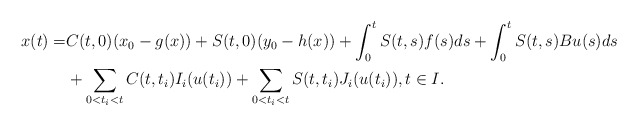
\begin{align*}x(t)=&C(t,0)(x_0-g(x))+S(t,0)(y_0-h(x))+\int_0^tS(t,s)f(s)ds+\int_0^tS(t,s)Bu(s)ds\\&+\sum_{0<t_i<t} C(t,t_i)I_i(u(t_i))+\sum_{0<t_i<t} S(t,t_i)J_i(u(t_i)), t\in I.\end{align*}